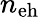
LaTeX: n_{\mathrm{eh}}